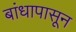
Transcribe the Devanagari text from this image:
बांधापासून